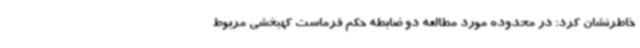
خاطرنشان کرد: در محدوده مورد مطالعه دو ضابطه حکم فرماست کهبخشی مربوط